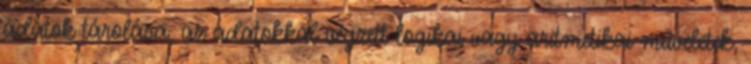
adatok tárolása, az adatokkal végzett logikai vagy aritmetikai műveletek,